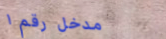
مدخل رقم ١